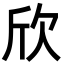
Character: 欣